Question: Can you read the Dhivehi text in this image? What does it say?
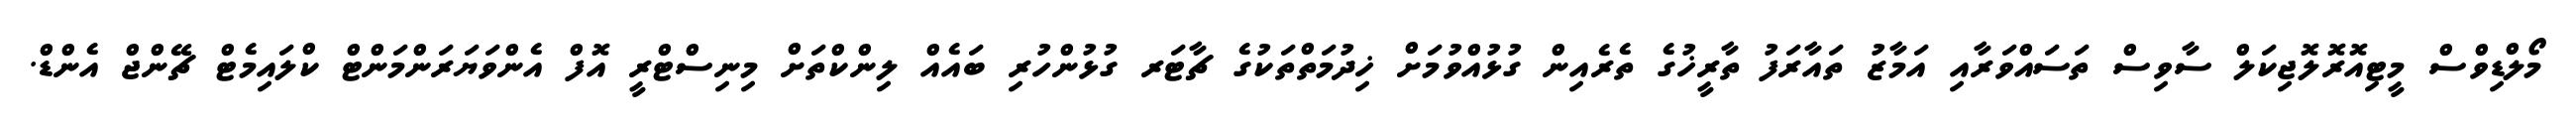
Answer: މޯލްޑިވްސް މީޓިއޮރޮލޮޖިކަލް ސާވިސް ތަސައްވަރާއި އަމާޒު ތައާރަފު ތާރީޚުގެ ތެރެއިން ގުޅުއްވުމަށް ޚިދުމަތްތަކުގެ ޗާޓަރ ގުޅުންހުރި ބައެއް ލިންކްތަށް މިނިސްޓްރީ އޮފް އެންވަޔަރަންމަންޓް ކްލައިމެޓް ޗޭންޖް އެންޑް.